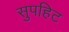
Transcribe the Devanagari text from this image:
सुपहिट